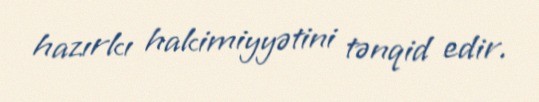
hazırkı hakimiyyətini tənqid edir.